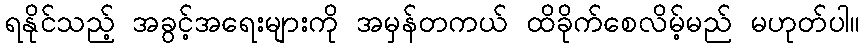
ရနိုင်သည့် အခွင့်အရေးများကို အမှန်တကယ် ထိခိုက်စေလိမ့်မည် မဟုတ်ပါ။